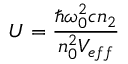
U = \frac { \hbar \omega _ { 0 } ^ { 2 } c n _ { 2 } } { n _ { 0 } ^ { 2 } V _ { e f f } }